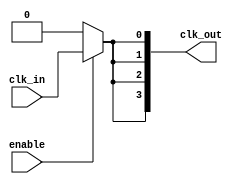
module ClockTreeBuffer (
    input wire clk_in,        // Primary clock input
    input wire enable,        // Enable signal for clock gating
    output wire [N-1:0] clk_out // Clock outputs (N outputs)
);
    parameter N = 4;          // Number of clock outputs
    parameter BUFFER_STAGES = 2; // Number of buffer stages

    wire clk_gated;          // Gated clock signal
    wire [BUFFER_STAGES-1:0] clk_buffer; // Intermediate buffer signals

    // Clock Gating Logic
    assign clk_gated = enable ? clk_in : 1'b0;

    // Buffer Stages
    generate
        genvar i;
        for (i = 0; i < BUFFER_STAGES; i = i + 1) begin : buffer_stage
            if (i == 0) begin
                // First buffer stage drives the gated clock
                buf buf_inst (
                    .A(clk_gated),
                    .Y(clk_buffer[i])
                );
            end else begin
                // Subsequent buffer stages drive the previous stage
                buf buf_inst (
                    .A(clk_buffer[i-1]),
                    .Y(clk_buffer[i])
                );
            end
        end
    endgenerate

    // Output Distribution
    generate
        for (i = 0; i < N; i = i + 1) begin : output_stage
            buf buf_out (
                .A(clk_buffer[BUFFER_STAGES-1]), // Last buffer drives all outputs
                .Y(clk_out[i])
            );
        end
    endgenerate

endmodule